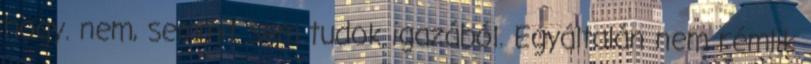
hogy. nem, semmit sem tudok igazából. Egyáltalán nem rémlik